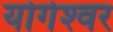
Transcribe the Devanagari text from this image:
योगेश्‍वर